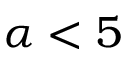
\alpha < 5